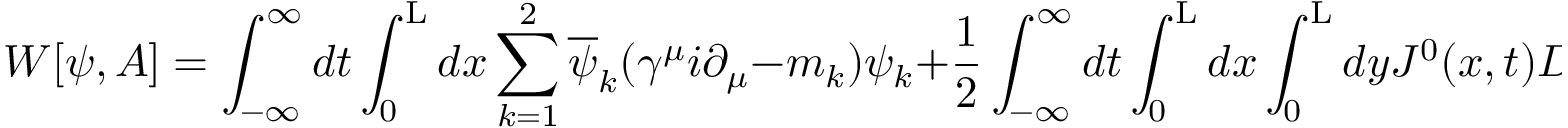
W [ { \psi } , A ] = \int _ { - \infty } ^ { \infty } d t \int _ { 0 } ^ { \mathrm { L } } d x \sum _ { k = 1 } ^ { 2 } \overline { { { \psi } } } _ { k } ( { \gamma } ^ { \mu } i { \partial } _ { \mu } - m _ { k } ) { \psi } _ { k } + \frac { 1 } { 2 } \int _ { - \infty } ^ { \infty } d t \int _ { 0 } ^ { \mathrm { L } } d x \int _ { 0 } ^ { \mathrm { L } } d y J ^ { 0 } ( x , t ) D ( x , y | \mathrm { L } ) J ^ { 0 } ( y , t )